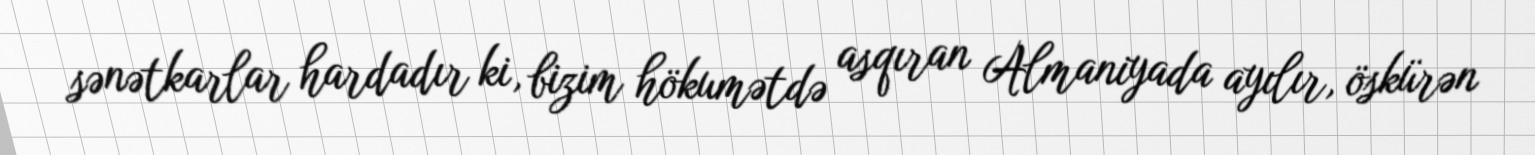
sənətkarlar hardadır ki, bizim hökumətdə asqıran Almaniyada ayılır, öskürən